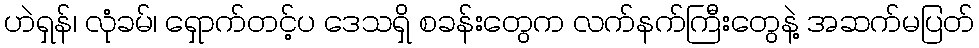
ဟဲရှန်၊ လုံခမ်၊ ရှောက်တင့်ပ ဒေသရှိ စခန်းတွေက လက်နက်ကြီးတွေနဲ့ အဆက်မပြတ်